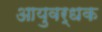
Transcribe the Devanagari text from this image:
आयुवर्धक